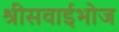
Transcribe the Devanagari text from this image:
श्रीसवाईभोज